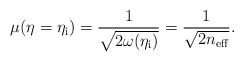
\begin{align*}\mu (\eta =\eta _{\rm i})=\frac{1}{\sqrt{2\omega (\eta _{\rm i})}}=\frac{1}{\sqrt{2n_{\rm eff}}}.\end{align*}